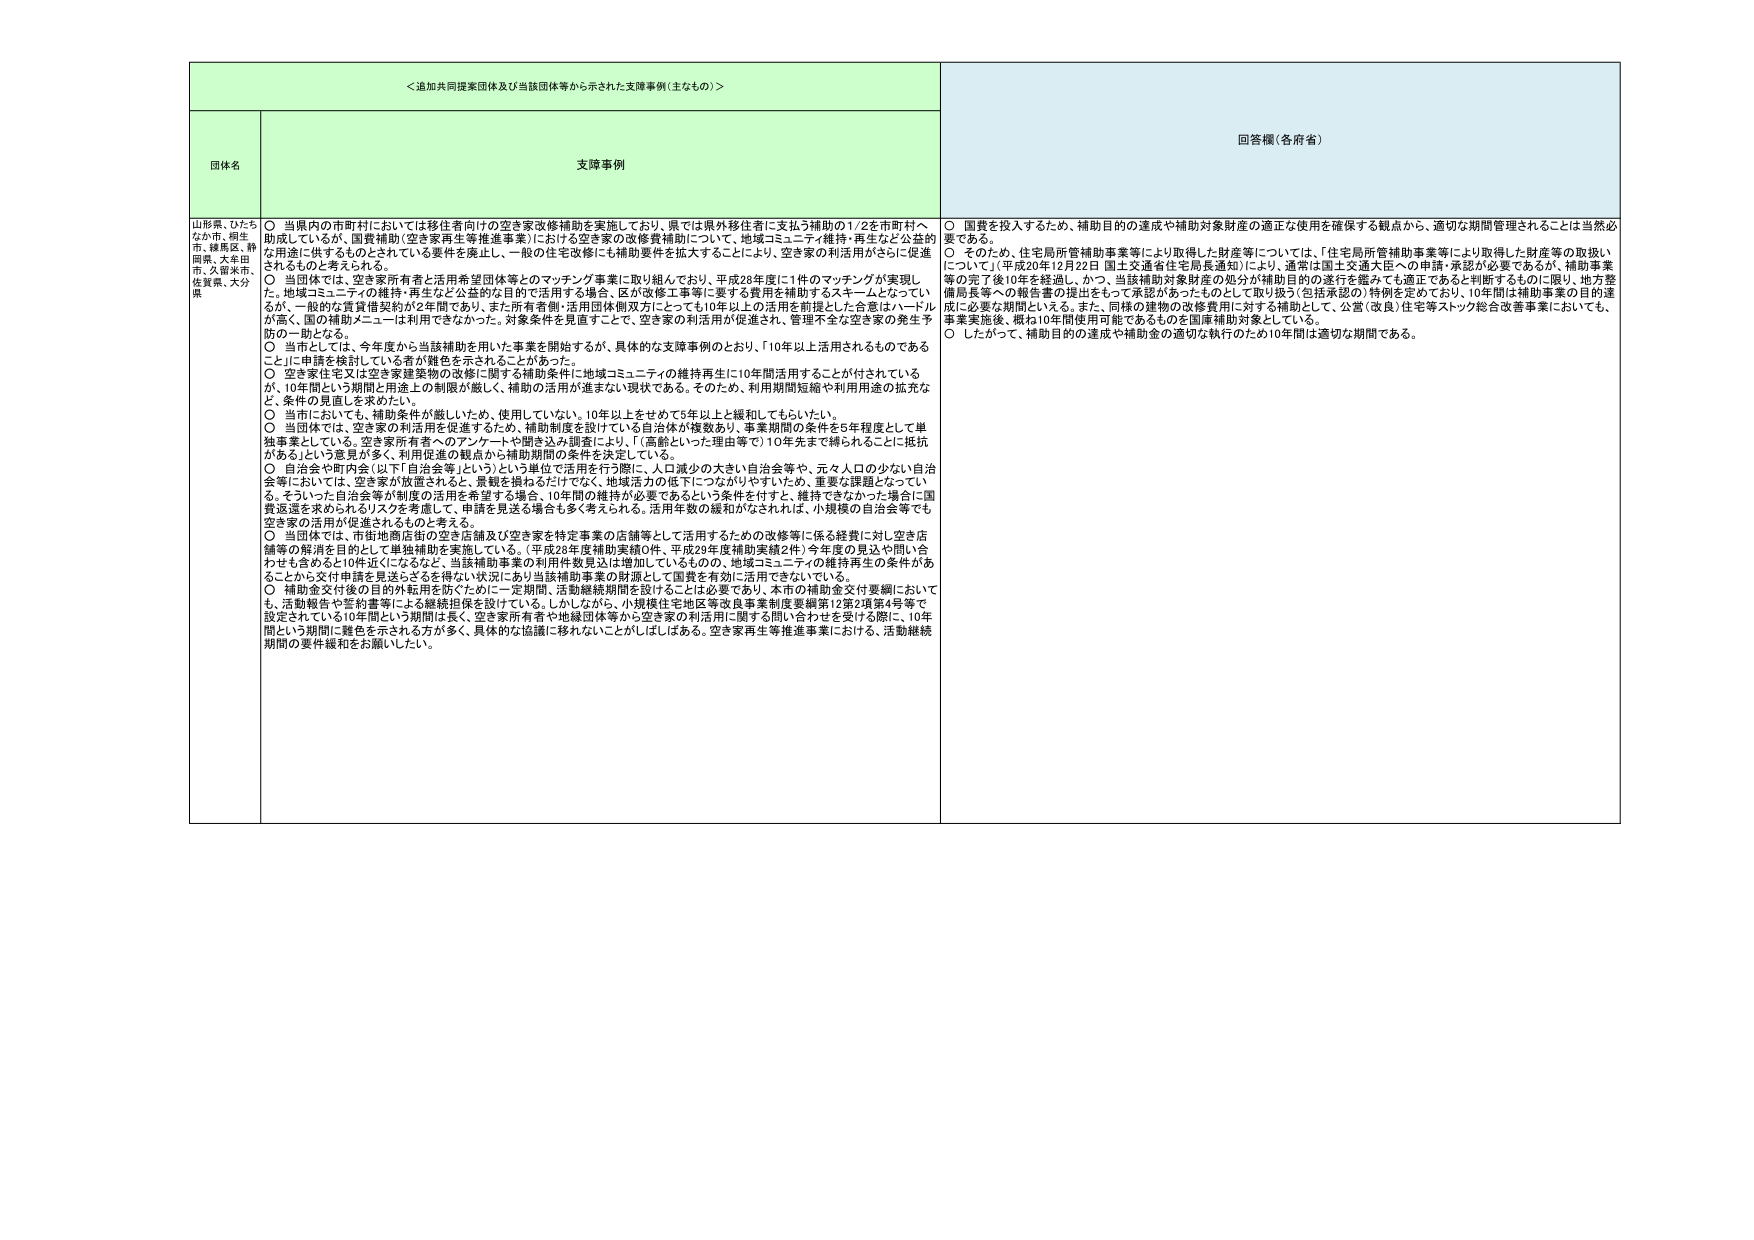
＜追加共同提案団体及び当該団体等から示された支援事例（主なもの）＞

団体名
山形県、ひたちなか市、桐生市、練馬区、静岡県、大牟田市、久留米市、佐賀県、大分県

支援事例
○ 当県内の市町村においては移住者向けの空き家改修補助を実施しており、県では県外移住者に支払う補助の1/2を市町村へ助成しているが、国費補助（空き家再生等推進事業）における空き家の改修費補助について、地域コミュニティ維持・再生など公益的な用途に供するものとされている要件を廃止し、一般の住宅改修にも補助要件を拡大することにより、空き家の利活用がさらに促進されるものと考えられる。
○ 当団体では、空き家所有者と活用希望団体等とのマッチング事業に取り組んでおり、平成28年度に1件のマッチングが実現した。地域コミュニティの維持・再生など公益的な目的で活用する場合、区が改修工事等に要する費用を補助するスキームとなってい るが、一般的な賃貸借契約が2年間であり、また所有者側・活用団体側双方にとっても10年以上の活用を前提とした合意はハードルが高く、国の補助メニューは利用できなかった。対象条件を見直すことで、空き家の利活用が促進され、管理不全な空き家の発生予防の一助となる。
○ 当市としては、今年度から当該補助を用いた事業を開始するが、具体的な支援事例のとおり、「10年以上活用されるものであることに申請を検討している者」が難色を示されることがあった。
○ 空き家住宅又は空き家建築物の改修に関する補助条件に地域コミュニティの維持再生に10年間活用することが付されているが、10年間という期間と用途上の制限が厳しく、補助の活用が進まない現状である。そのため、利用期間短縮や利用用途の拡充など、条件の見直しを求めたい。
○ 当市においても、補助条件が厳しいため、使用していない、10年以上をせめて5年以上と緩和してもらいたい。
○ 当団体では、空き家の利活用を促進するため、補助制度を設計している自治体が複数あり、事業期間の条件を5年程度として単独事業としている。空き家所有者へのアンケートや聞き込み調査により、「（高齢といった理由等で）10年先まで縛られることに抵抗がある」という意見が多く、利用促進の観点から補助期間の条件を決定している。
○ 自治会や町内会（以下「自治会等」という）という単位で活用を行う際に、人口減少の大きい自治会等や、元々人口の少ない自治会等においては、空き家が放置されるなど、景観を損ねるだけでなく、地域活力の低下につながりやすいため、重要な課題となってい る。そういった自治会等が制度の活用を希望する場合、10年間の維持が必要であるという条件を付すと、維持できなかった場合に国費返還を求められるリスクを考慮して、申請を見送る場合も多く考えられる。活用年数の緩和がなされれば、小規模の自治会等でも空き家の活用が促進されるものと考える。
○ 当団体では、市街地商店街の空き店舗及び空き家を特定事業の店舗等として活用するための改修等に係る経費に対し空き店舗等の解消を目的として単独補助を実施している。（平成28年度補助実績0件、平成29年度補助実績2件）今年度の見込や問い合わせも含めると10件近くになるなど、当該補助事業の利用件数見込は増加しているものの、地域コミュニティの維持再生の条件があ ることから交付申請を見送らざるを得ない状況にあり当該補助事業の財源として国費を有効に活用できていない。
○ 補助金交付後の目的外転用を防ぐために一定期間、活動継続期間を設けることは必要であり、本市の補助金交付要綱においても、活動報告や誓約書等による継続担保を設けている。しかしながら、小規模住宅地区等改良事業制度要綱第12第2項第4号等で設定されている10年間という期間は長く、空き家所有者や地縁団体等から空き家の利活用に関する問い合わせを受ける際に、10年間という期間に難色を示される方が多く、具体的な協議に移れないことがしばしばある。空き家再生等推進事業における、活動継続期間の要件緩和をお願いしたい。

回答欄（各府省）
○ 国費を投入するため、補助目的の達成や補助対象財産の適正な使用を確保する観点から、適切な期間管理されることは当然必要である。
○ そのため、住宅局所管補助事業等により取得した財産等については、「住宅局所管補助事業等により取得した財産等の取扱いについて」（平成20年12月22日 国土交通省住宅局長通知）により、通常は国土交通大臣への申請・承認が必要であるが、補助事業等の完了後10年を経過し、かつ、当該補助対象財産の処分が補助目的の遂行を鑑みても適正であると判断するものに限り、地方整備局長等への報告書の提出をもって承認があったものとして取り扱う（包括承認の）特例を定めており、10年間は補助事業の目的達成に必要な期間といえる。また、同様の建物の改修費用に対する補助として、公営（役員）住宅等ストック総合改善事業においても、事業実施後、概ね10年間使用可能であるものを国庫補助対象としている。
○ したがって、補助目的の達成や補助金の適切な執行のため10年間は適切な期間である。